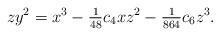
LaTeX: \begin{align*}zy^2 =x^3 -\tfrac{1}{48} c_4 x z^2 -\tfrac{1}{864} c_6 z^3.\end{align*}